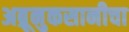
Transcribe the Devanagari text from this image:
अब्रूनुकसानीचा